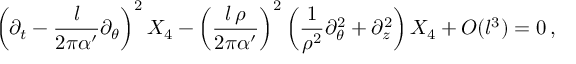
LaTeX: \left( \partial _ { t } - { \frac { l } { 2 \pi \alpha ^ { \prime } } } \partial _ { \theta } \right) ^ { 2 } X _ { 4 } - \left( { \frac { l \, \rho } { 2 \pi \alpha ^ { \prime } } } \right) ^ { 2 } \left( { \frac { 1 } { \rho ^ { 2 } } } \partial _ { \theta } ^ { 2 } + \partial _ { z } ^ { 2 } \right) X _ { 4 } + O ( l ^ { 3 } ) = 0 \, ,